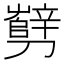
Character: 㔎